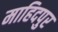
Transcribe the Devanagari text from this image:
माहिदपुर